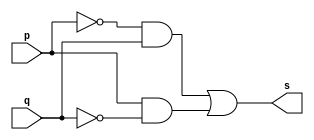
// -----------------------
// Guia 01 - Exercicio 05
// Bruno Csar Lopes Silva
// Matrcula: 415985
// -----------------------

// --xor gate--

module xorgate (s, p, q);
 output s;
 input p, q;

 assign s = (((~p) & q) | (p & (~q)));
 
 endmodule // xorgate
 
// -- teste xor gate --

module testexorgate;
 reg p, q;
 wire s;
 
 xorgate XOR1 (s, p, q);
 
 initial begin
      $display ("Guia 01 - Exercicio 05");
		$display ("Bruno Cesar Lopes Silva - 415985");
		$display ("Teste Xor Gate");
		$display ("\n(~p & q | p & ~q) = s\n");
		p=0; q=0;
  #1  $display("(%b ^ %b) = %b", p, q, s);
      p=0; q=1;
  #1  $display("(%b ^ %b) = %b", p, q, s);
      p=1; q=0;
  #1  $display("(%b ^ %b) = %b", p, q, s);
      p=1; q=1;
  #1  $display("(%b ^ %b) = %b", p, q, s);
 
 end
 
 endmodule // testexorgate